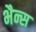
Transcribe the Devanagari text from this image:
भैन्स